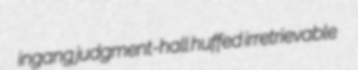
ingang judgment-hall huffed irretrievable